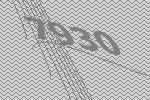
7930